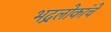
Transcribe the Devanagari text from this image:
भद्रलोकांचे